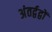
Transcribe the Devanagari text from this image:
अंतर्द्वद्वों